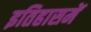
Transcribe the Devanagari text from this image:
इतिहासमें